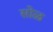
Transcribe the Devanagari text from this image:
सोळ